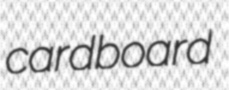
cardboard